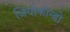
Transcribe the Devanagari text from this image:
जियोकॉन्डो